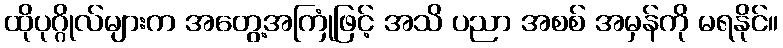
ထိုပုဂ္ဂိုလ်များက အတွေ့အကြုံဖြင့် အသိ ပညာ အစစ် အမှန်ကို မရနိုင်။